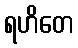
ရဟိတေ